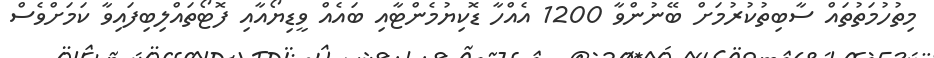
މިތުހުމަތުތައް ސާބިތުކުރުމަށް ބޭނުންވާ 1200 އެއްހާ ޑޮކިޔުމެންޓާއި ބައެއް ވީޑިޔޯއާއި ފޮޓޯތައްލިބިފައިވާ ކަމަށްވެސް